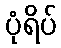
ပုံရိပ်